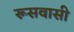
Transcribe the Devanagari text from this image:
रूसवासी